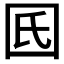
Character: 𡆿